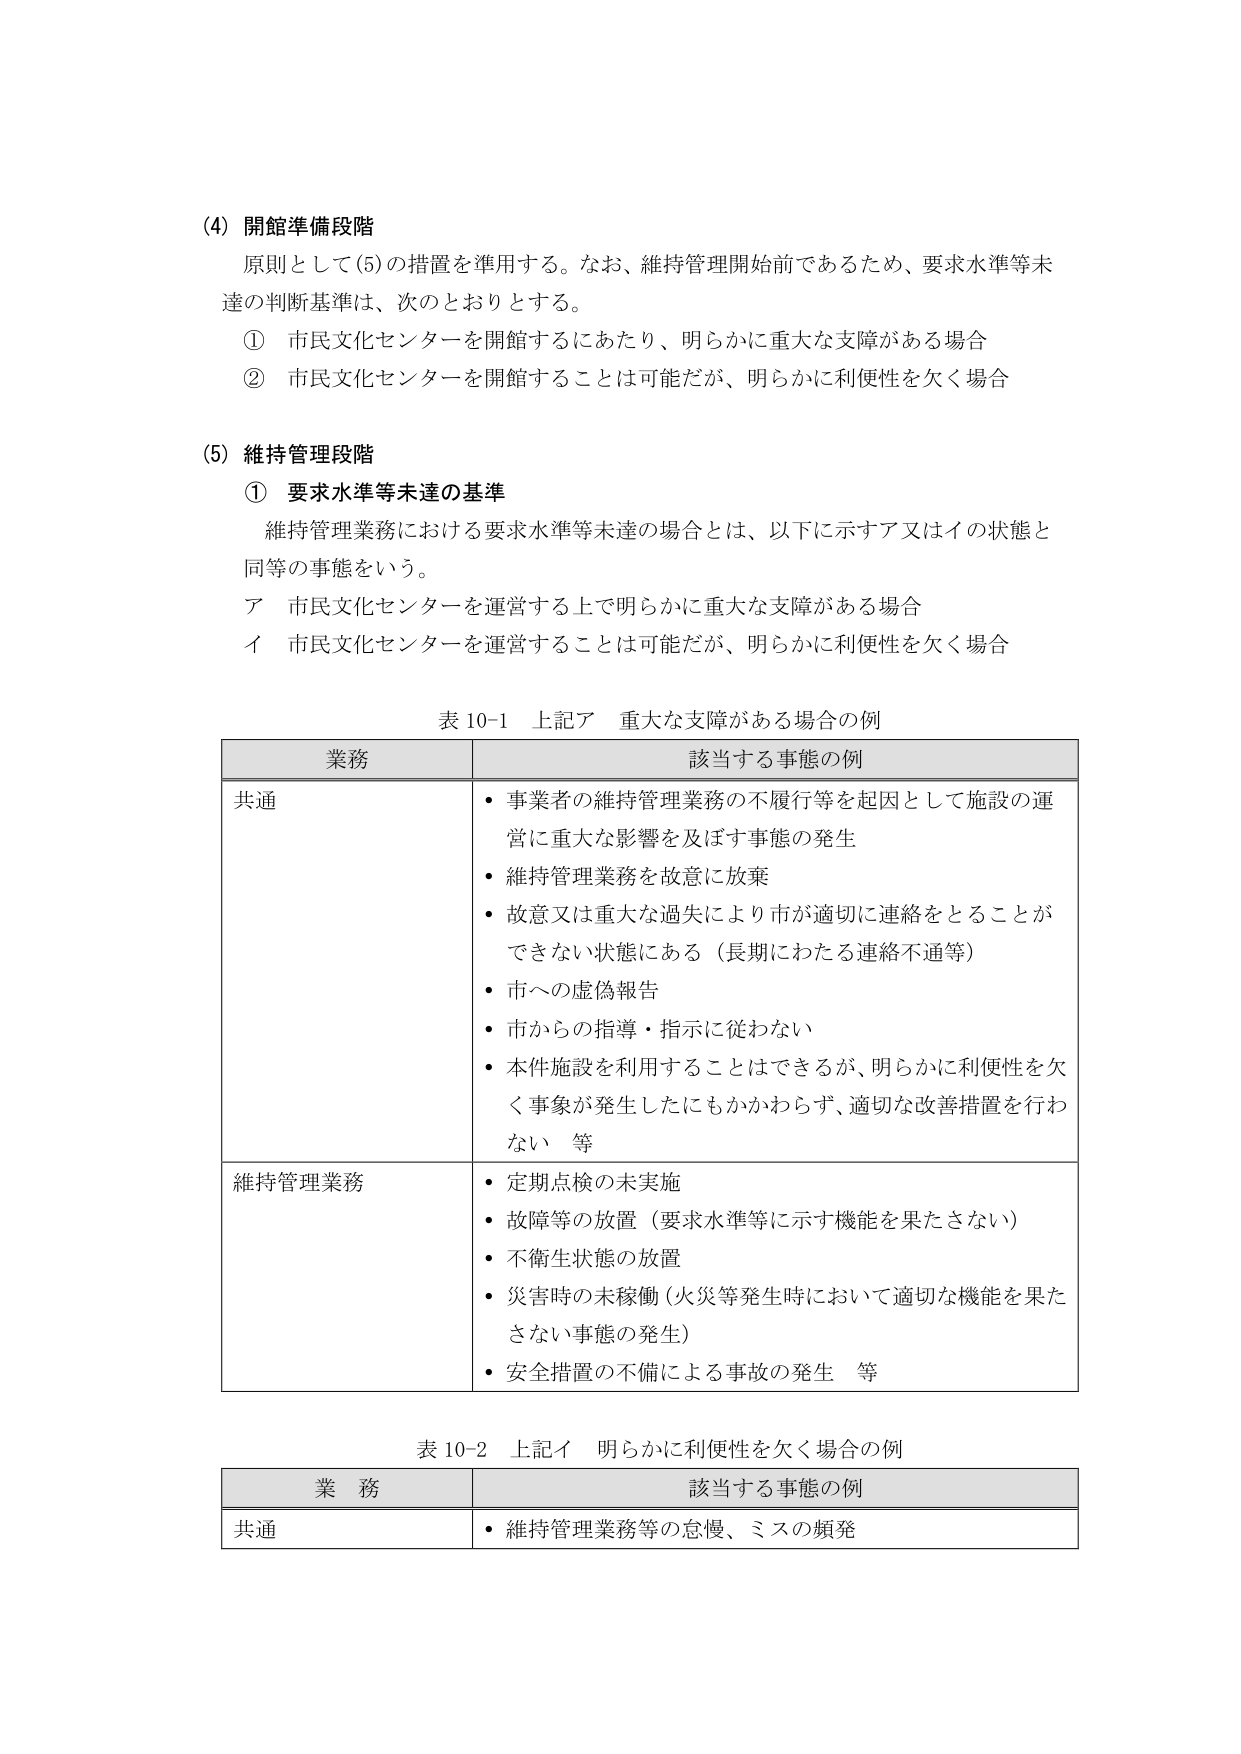
(4) 開館準備段階
原則として(5)の措置を準用する。なお、維持管理開始前であるため、要求水準等未達の判断基準は、次のとおりとする。
① 市民文化センターを開館するにあたり、明らかに重大な支障がある場合
② 市民文化センターを開館することは可能だが、明らかに利便性を欠く場合

(5) 維持管理段階
① 要求水準等未達の基準
維持管理業務における要求水準等未達の場合とは、以下に示すア又はイの状態と同等の事態をいう。
ア 市民文化センターを運営する上で明らかに重大な支障がある場合
イ 市民文化センターを運営することは可能だが、明らかに利便性を欠く場合

表 10-1 上記ア 重大な支障がある場合の例
業務 該当する事態の例
共通
・事業者の維持管理業務の不履行等を起因として施設の運営に重大な影響を及ぼす事態の発生
・維持管理業務を故意に放棄
・故意又は重大な過失により市が適切に連絡をとることができない状態にある（長期にわたる連絡不通等）
・市への虚偽報告
・市からの指導・指示に従わない
・本件施設を利用することはできるが、明らかに利便性を欠く事象が発生したにもかかわらず、適切な改善措置を行わない 等

維持管理業務
・定期点検の未実施
・故障等の放置（要求水準等に示す機能を果たさない）
・不衛生状態の放置
・災害時の未稼働（火災等発生時において適切な機能を果たさない事態の発生）
・安全措置の不備による事故の発生 等

表 10-2 上記イ 明らかに利便性を欠く場合の例
業務 該当する事態の例
共通
・維持管理業務等の怠慢、ミスの頻発